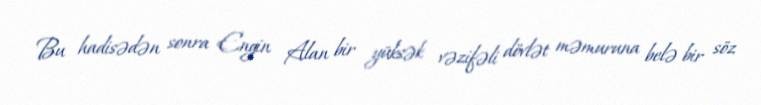
Bu hadisədən sonra Engin Alan bir yüksək vəzifəli dövlət məmuruna belə bir söz